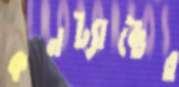
কনট্যাক্টের